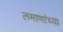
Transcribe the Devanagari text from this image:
लमाणांच्या